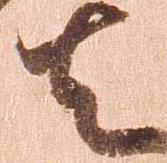
者